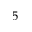
5 ^ { \circ }